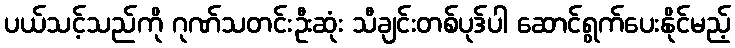
ပယ်သင့်သည်ကို ဂုဏ်သတင်းဦးဆုံး သီချင်းတစ်ပုဒ်ပါ ဆောင်ရွက်ပေးနိုင်မည့်